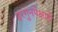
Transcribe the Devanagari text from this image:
इरगुनपेक्षाही